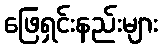
ဖြေရှင်းနည်းများ